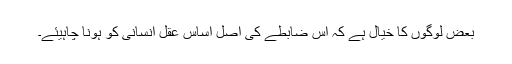
بعض لوگوں کا خیال ہے کہ اس ضابطے کی اصل اساس عقل انسانی کو ہونا چاہیئے۔